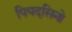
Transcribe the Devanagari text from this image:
पियदसिनो